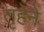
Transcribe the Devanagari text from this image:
तृहेने